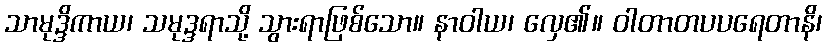
သာမုဒ္ဒိကာယ၊ သမုဒ္ဒရာသို့ သွားရာဖြစ်သော။ နာဝါယ၊ လှေ၏။ ဝါတာတပပရေတာနိ၊